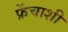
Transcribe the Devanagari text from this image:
फ्रेंचाशी